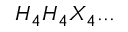
H _ { 4 } H _ { 4 } X _ { 4 } . . .